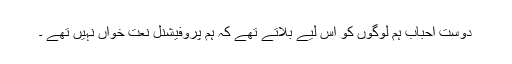
دوست احباب ہم لوگوں کو اس لیے بلاتے تھے کہ ہم پروفیشنل نعت خواں نہیں تھے ۔